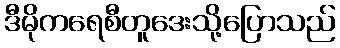
ဒီမိုကရေစီတူဒေးသို့ပြောသည်